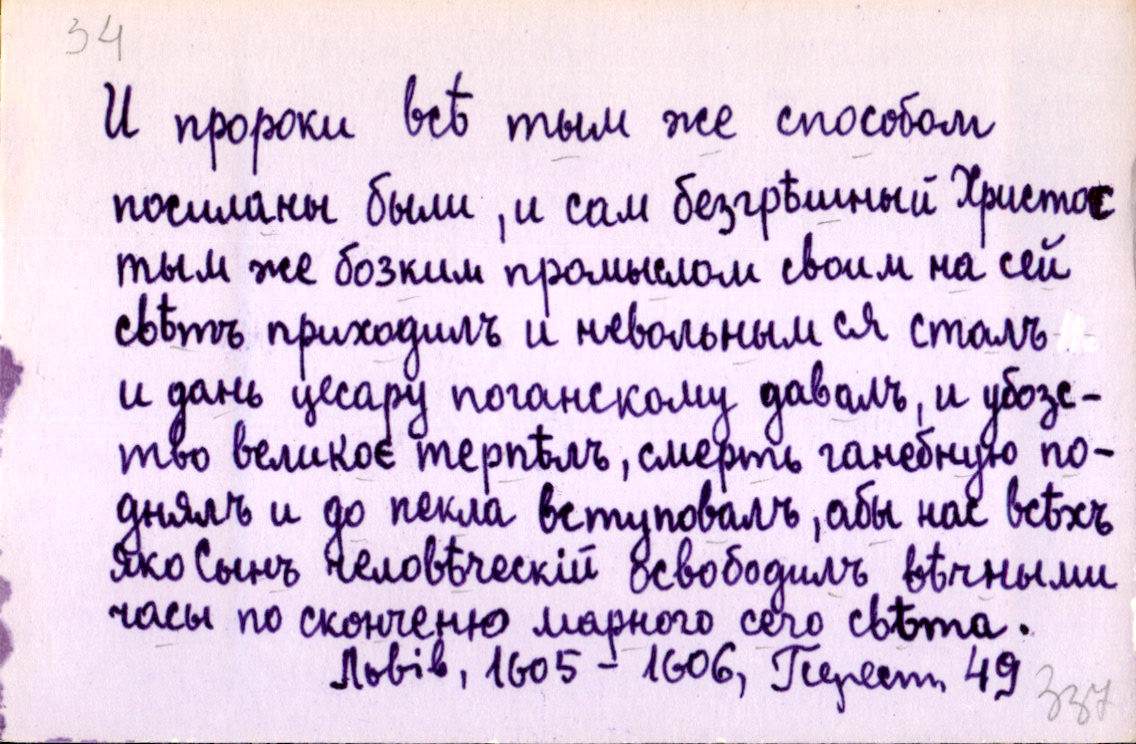
И пророки всѣ тым же способом
посиланы были, и сам безгрѣшный Христос
тым же бозким промыслом своим на сей
свѣтъ приходилъ и невольным ся сталъ
и дань цесару поганскому давалъ, и убозс-
тво великоє терпѣлъ, смерть ганебную по-
днялъ и до пекла вступовалъ, абы нас всѣхъ
яко Сынъ человѣческій освободилъ вѣчными
часы по скончєню марного сего свѣта.
Львів, 1605-1606, Перест. 49